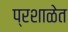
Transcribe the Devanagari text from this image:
प्रशाळेत